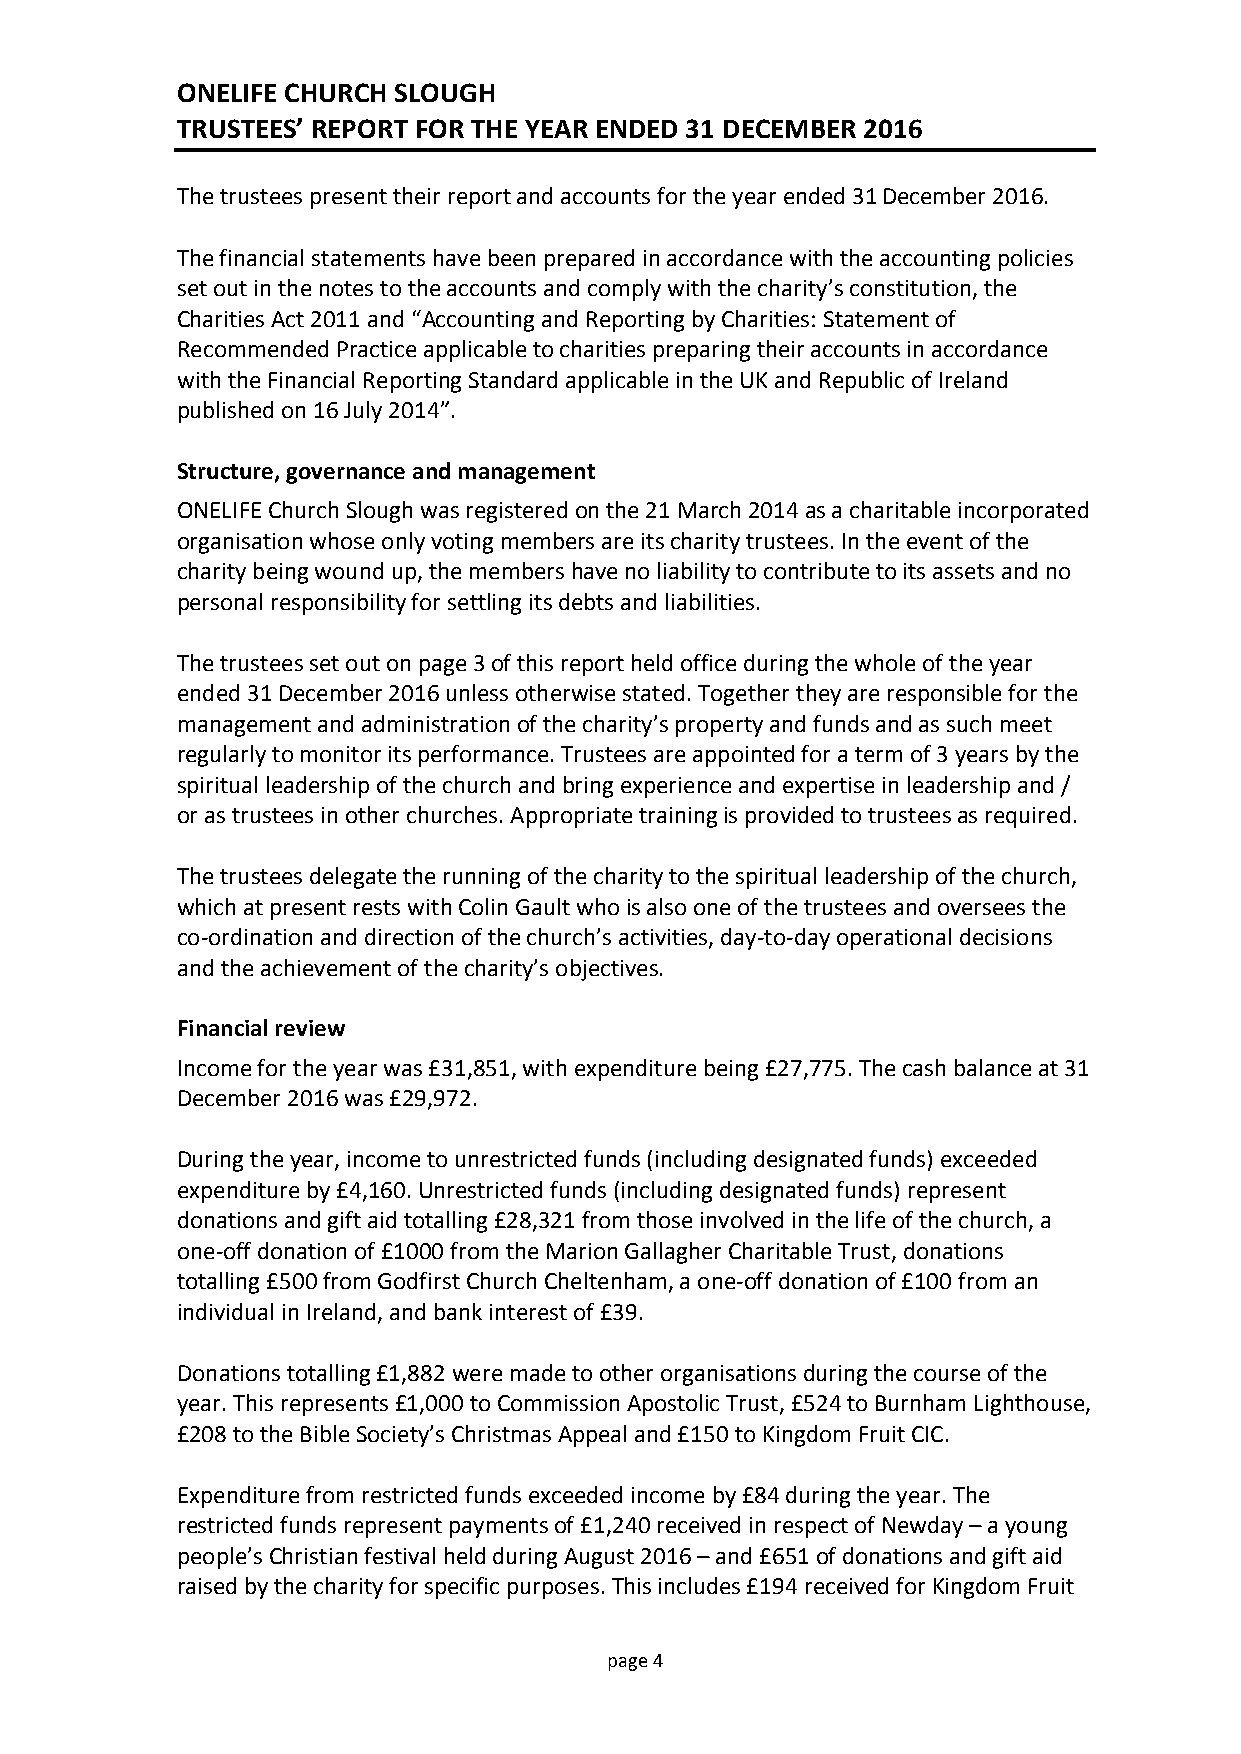
ONELIFE CHURCH SLOUGH
 TRUSTEES’ REPORT FOR THE YEAR ENDED 31 DECEMBER 2016
 The trustees present their report and accounts for the year ended 31 December 2016.
 The financial statements have been prepared in accordance with the accounting policies
 set out in the notes to the accounts and comply with the charity’s constitution, the
 Charities Act 2011 and “Accounting and Reporting by Charities: Statement of
 Recommended Practice applicable to charities preparing their accounts in accordance
 with the Financial Reporting Standard applicable in the UK and Republic of Ireland
 published on 16 July 2014”.
 Structure, governance and management
 ONELIFE Church Slough was registered on the 21 March 2014 as a charitable incorporated
 organisation whose only voting members are its charity trustees. In the event of the
 charity being wound up, the members have no liability to contribute to its assets and no
 personal responsibility for settling its debts and liabilities.
 The trustees set out on page 3 of this report held office during the whole of the year
 ended 31 December 2016 unless otherwise stated. Together they are responsible for the
 management and administration of the charity’s property and funds and as such meet
 regularly to monitor its performance. Trustees are appointed for a term of 3 years by the
 spiritual leadership of the church and bring experience and expertise in leadership and /
 or as trustees in other churches. Appropriate training is provided to trustees as required.
 The trustees delegate the running of the charity to the spiritual leadership of the church,
 which at present rests with Colin Gault who is also one of the trustees and oversees the
 co-ordination and direction of the church’s activities, day-to-day operational decisions
 and the achievement of the charity’s objectives.
 Financial review
 Income for the year was £31,851, with expenditure being £27,775. The cash balance at 31
 December 2016 was £29,972.
 During the year, income to unrestricted funds (including designated funds) exceeded
 expenditure by £4,160. Unrestricted funds (including designated funds) represent
 donations and gift aid totalling £28,321 from those involved in the life of the church, a
 one-off donation of £1000 from the Marion Gallagher Charitable Trust, donations
 totalling £500 from Godfirst Church Cheltenham, a one-off donation of £100 from an
 individual in Ireland, and bank interest of £39.
 Donations totalling £1,882 were made to other organisations during the course of the
 year. This represents £1,000 to Commission Apostolic Trust, £524 to Burnham Lighthouse,
 £208 to the Bible Society’s Christmas Appeal and £150 to Kingdom Fruit CIC.
 Expenditure from restricted funds exceeded income by £84 during the year. The
 restricted funds represent payments of £1,240 received in respect of Newday – a young
 people’s Christian festival held during August 2016 – and £651 of donations and gift aid
 raised by the charity for specific purposes. This includes £194 received for Kingdom Fruit
 pag e 4